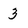
Character: 3